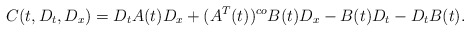
\begin{align*}C(t,D_t,D_x)=D_t A(t)D_x+(A^T(t))^{co}B(t)D_x-B(t)D_t-D_tB(t).\end{align*}